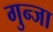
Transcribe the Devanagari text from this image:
गुन्जा